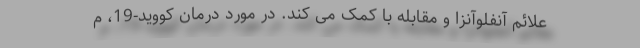
علائم آنفلوآنزا و مقابله با کمک می کند. در مورد درمان کووید-19، م